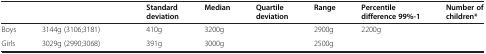
<table><thead><tr><td>[EMPTY_CELL]</td><td>[EMPTY_CELL]</td><td><b>Standard deviation</b></td><td><b>Median</b></td><td><b>Quartile deviation</b></td><td><b>Range</b></td><td><b>Percentile difference 99%-1</b></td><td><b>Number of children*</b></td></tr></thead><tbody><tr><td>Boys</td><td>3144g (3106;3181)</td><td>410g</td><td>3200g</td><td>[EMPTY_CELL]</td><td>2900g</td><td>2200g</td><td>[EMPTY_CELL]</td></tr><tr><td>Girls</td><td>3029g (2990;3068)</td><td>391g</td><td>3000g</td><td>[EMPTY_CELL]</td><td>2500g</td><td>[EMPTY_CELL]</td><td>[EMPTY_CELL]</td></tr></tbody></table>